Jaan_Tonisson_(Lasteleht), lk 118
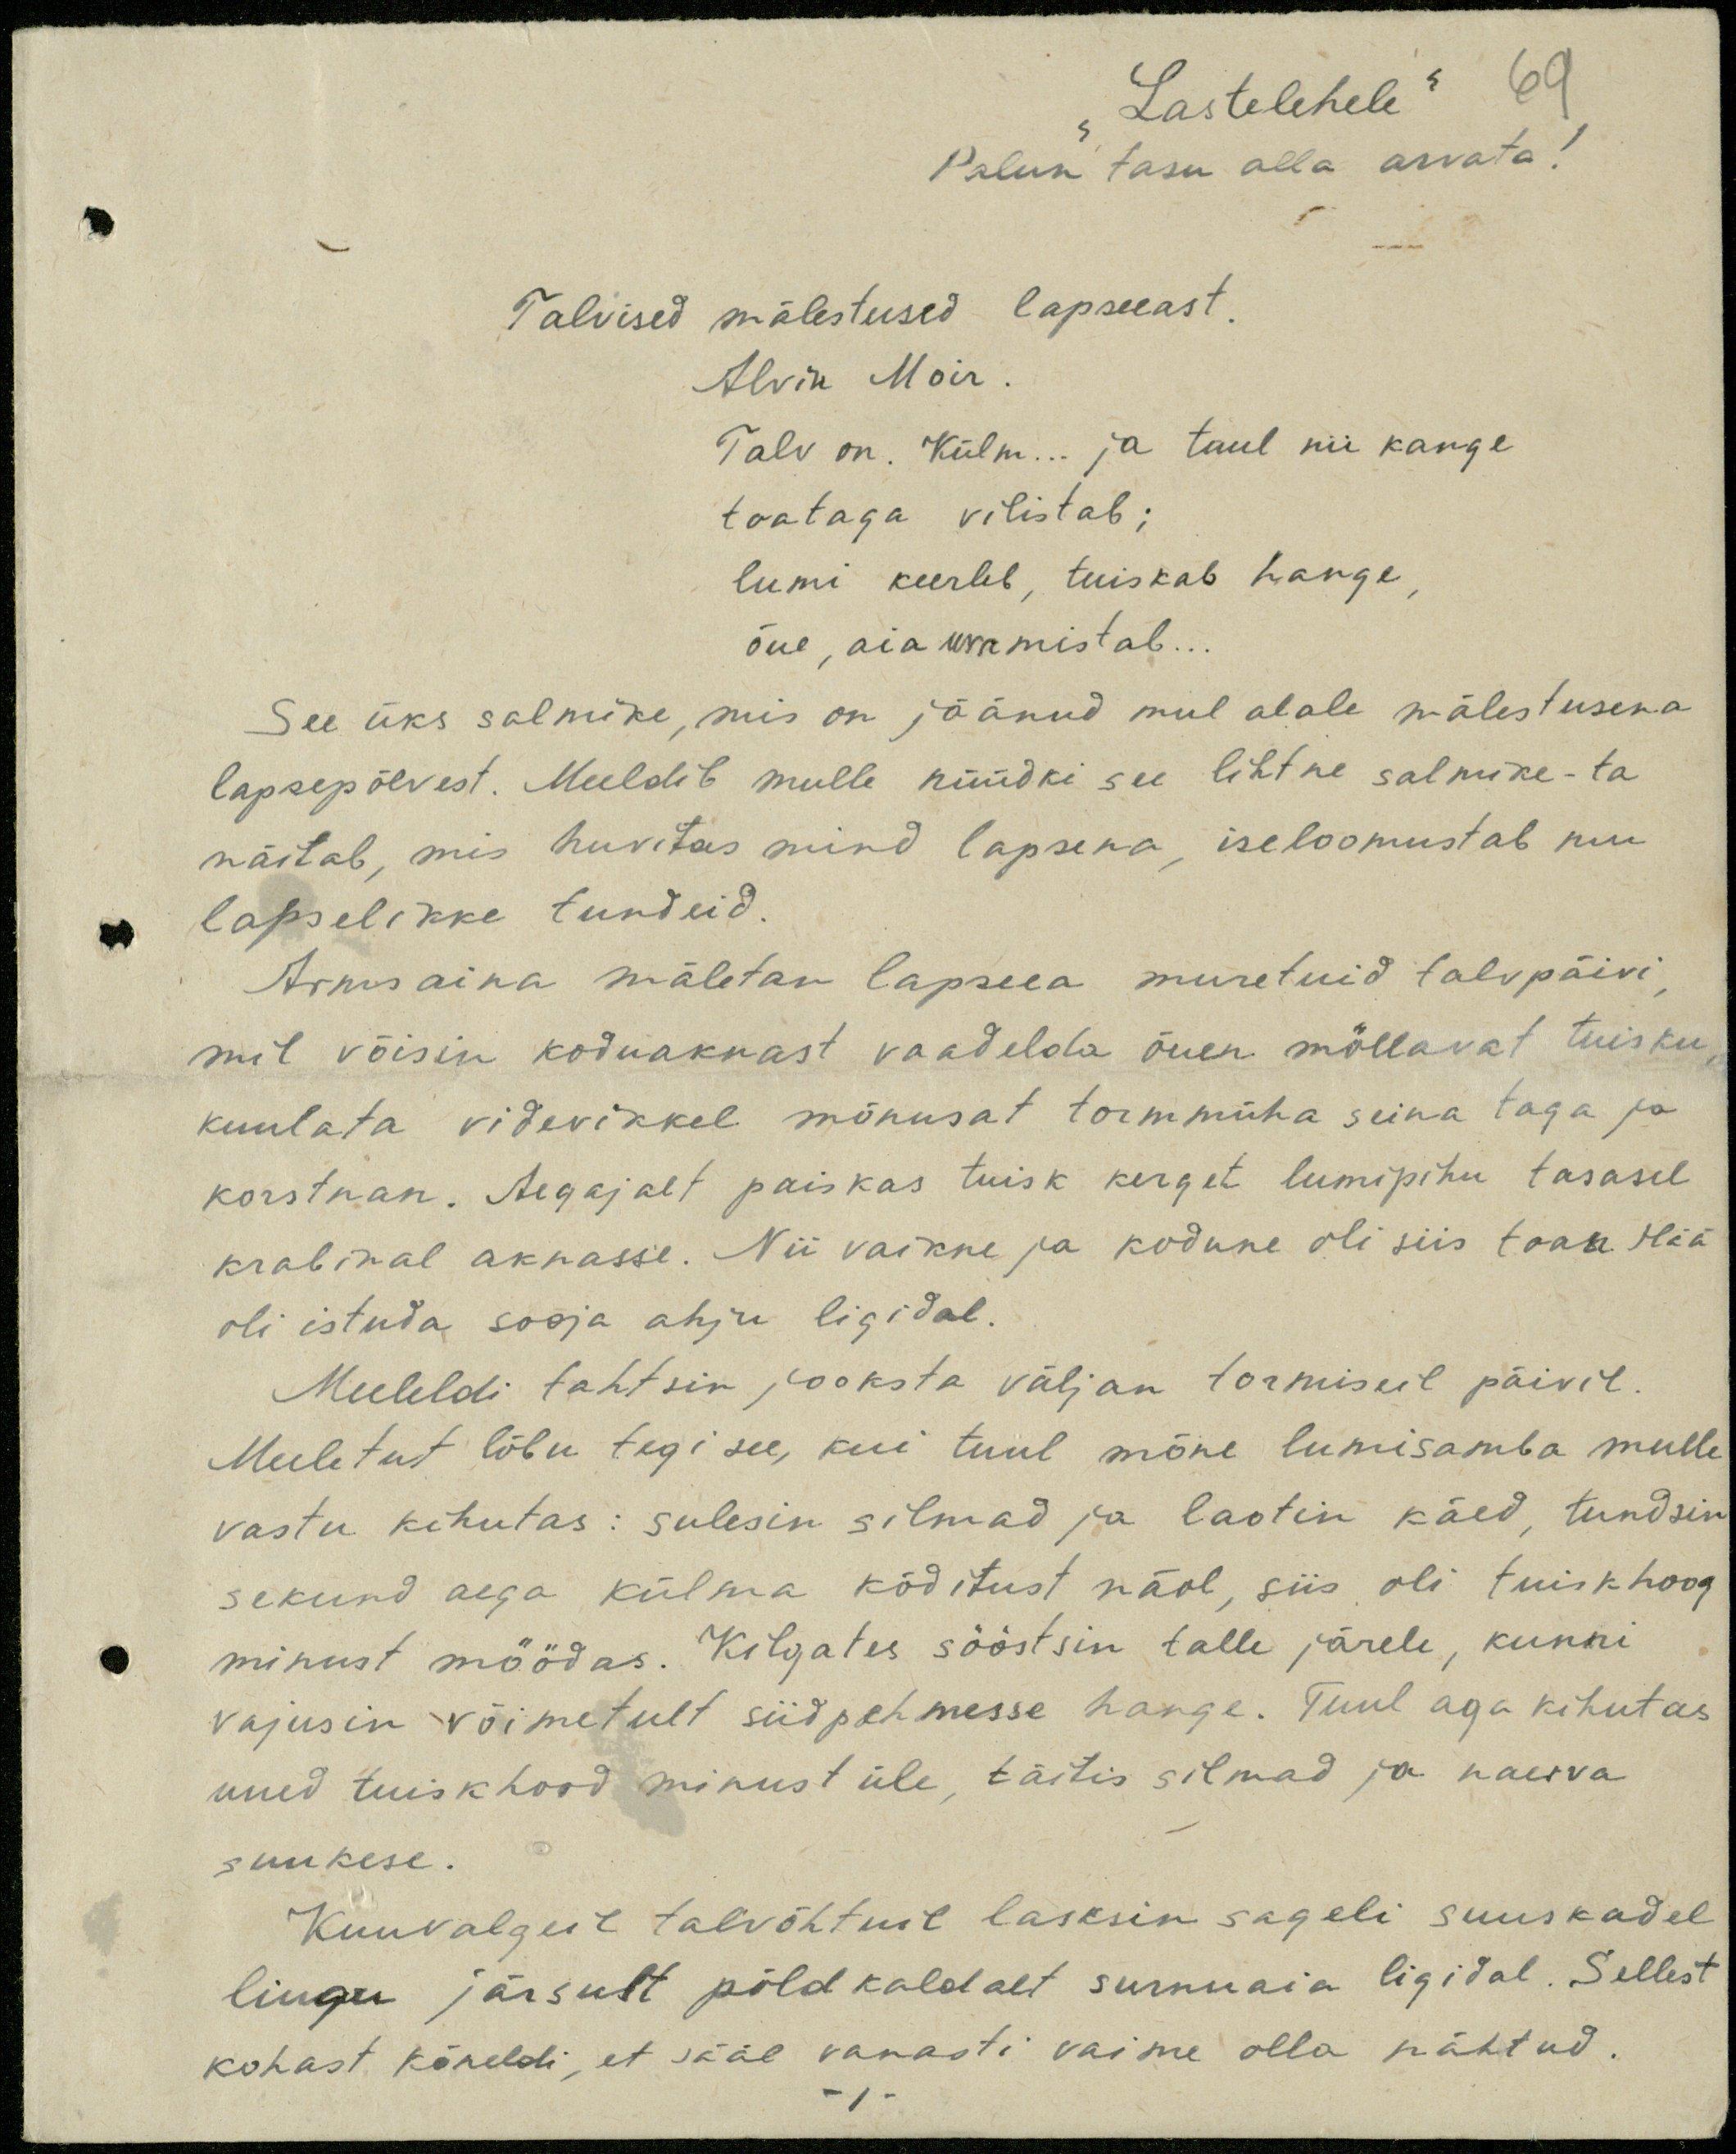
"Lastelehele" 69
Palun tasu alla arvata!
Talvised mälestused lapseeast.
Alvin Moir.
Talv on. Külm... ja tuul nii kange
toataga vilistab;
lumi keerleb, tuiskab hange,
õue, aia ummistab...
See üks salmike, mis on jäänud mul alale mälestuseks
lapsepõlvest. Meeldib mulle nüüdki see lihtne salmike - ta
näitab, mis huvitas mind lapsena, iseloomustab nii
lapselikke tundeid
Armsaina mäletan lapseea muretuid talvpäivi
mil võisin koduaknast vaadelda õuen mõllavat tuisku
kuulata videvikkel mõnusat tormmüha seina taga ja
korstnan. Aegajalt paiskas tuisk kerget lumipihu tasasel
krabinal aknasse. Nii vaikne ja kodune oli siis toan. Hää
oli istuda sooja ahju ligidal.
Meeleldi tahtsin jooksta väljan tormiseil päivil.
Meeletut lõbu tegi see, kui tuul mõne lumisamba mulle
vastu kihutas: sulesin silmad ja laotin käed, tundsin
sekund aega külma kõditust näol, siis oli tuiskhoog
minust möödas. Kilgates sööstsin talle järele, kunni
vajusin võimetult siidpehmesse hange. Tuul aga kihutas
uued tuiskhood minust üle, täitis silmad ja naerva
suukese.
Kuuvalgeil talvõhtuil lasksin sageli suuskadel
liugu järsult põld kaldalt surnuaia ligidal. Sellest
kohast kõneldi, et sääl vanasti vaime olla nähtud.
-1-